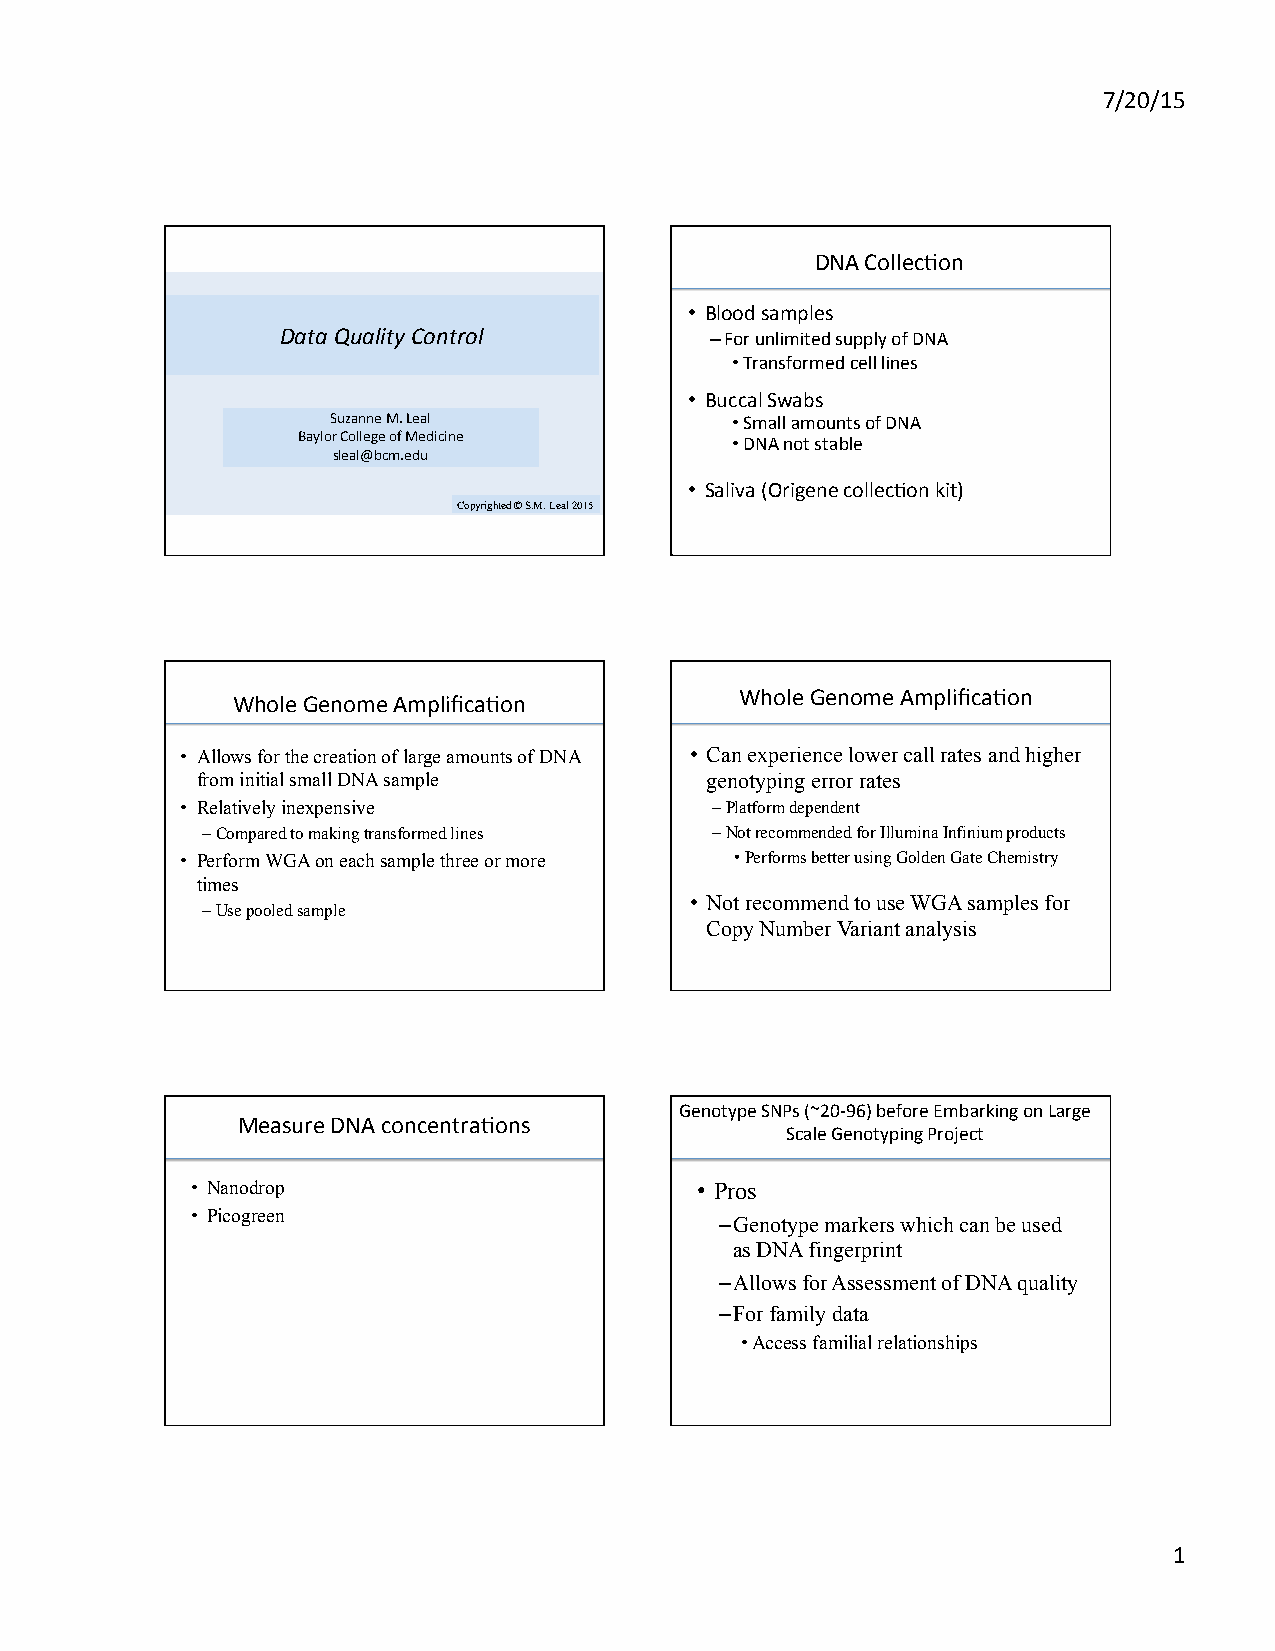
7/20/15
 DNA CollecCon
 • Blood samples
 Data Quality Control        – For unlimited supply of DNA
 • Transformed cell lines
 • Buccal Swabs
 Suzanne M. Leal           • Small amounts of DNA
 Baylor College of Medicine  • DNA not stable
 sleal@bcm.edu
 • Saliva (Origene collecCon kit)
 Copyrighted © S.M. Leal 2015
 Whole Genome AmplificaCon
 Whole Genome AmplificaCon
 • Allows for the creation of large amounts of DNA • Can experience lower call rates and higher
 from initial small DNA sample     genotyping error rates
 • Relatively inexpensive           – Platform dependent
 – Compared to making transformed lines – Not recommended for Illumina Infinium products
 • Perform WGA on each sample three or more • Performs better using Golden Gate Chemistry
 times
 • Not recommend to use WGA samples for
 – Use pooled sample
 Copy Number Variant analysis
 Genotype SNPs (~20-­‐96) before Embarking on Large
 Measure DNA concentraCons
 Scale Genotyping Project
 • Nanodrop                       • Pros
 • Picogreen
 – Genotype markers which can be used
 as DNA fingerprint
 – Allows for Assessment of DNA quality
 – For family data
 • Access familial relationships
 1